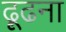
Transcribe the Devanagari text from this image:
ढ़ूढना